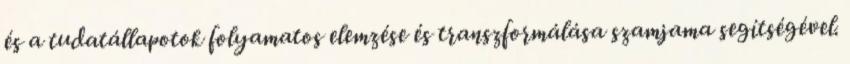
és a tudatállapotok folyamatos elemzése és transzformálása szamjama segítségével.